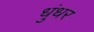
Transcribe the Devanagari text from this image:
धुंधर